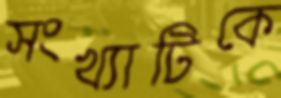
সংখ্যাটিকে